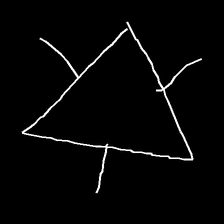
Glyph: fire